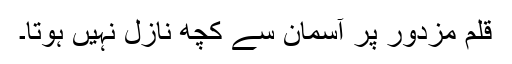
قلم مزدور پر آسمان سے کچھ نازل نہیں ہوتا۔